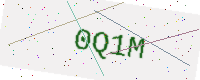
Text: 0Q1M